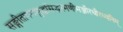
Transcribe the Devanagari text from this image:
सङ्गीतागमशुद्धसिद्धरमणीमञ्जीरधीरध्वनिम्